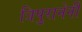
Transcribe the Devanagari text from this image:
त्रिपुरानेनी